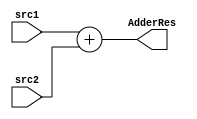
module Adder
(
  input  [31:0]         src1,
  input  [31:0]         src2,

  output [31:0]        AdderRes
);

assign AdderRes = src1 + src2;

endmodule